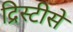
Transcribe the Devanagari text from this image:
द्रिस्टीसे